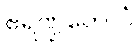
ဧရဏ္ဍတေလံ